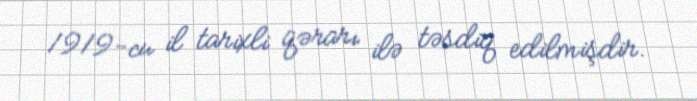
1919-cu il tarixli qərarı ilə təsdiq edilmişdir.